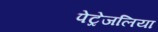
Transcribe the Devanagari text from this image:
पेट्रेजलिया